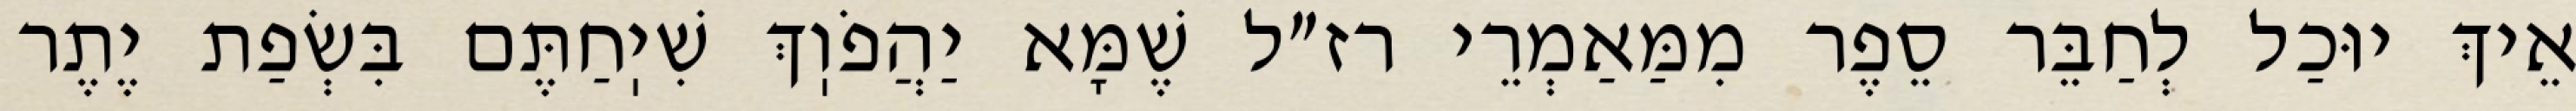
אֵיךְ יוּכַל לְחַבֵּר סֵפֶר מִמַּאַמְרֵי רז״ל שֶׁמָּא יַהֲפֹוֽךְ שִׁיֽחַתֶּם בִּשְׂפַת יֶתֶר